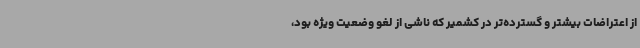
از اعتراضات بیشتر و گسترده‌تر در کشمیر که ناشی از لغو وضعیت ویژه بود،